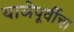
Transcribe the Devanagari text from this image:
याञेपूर्वीचा